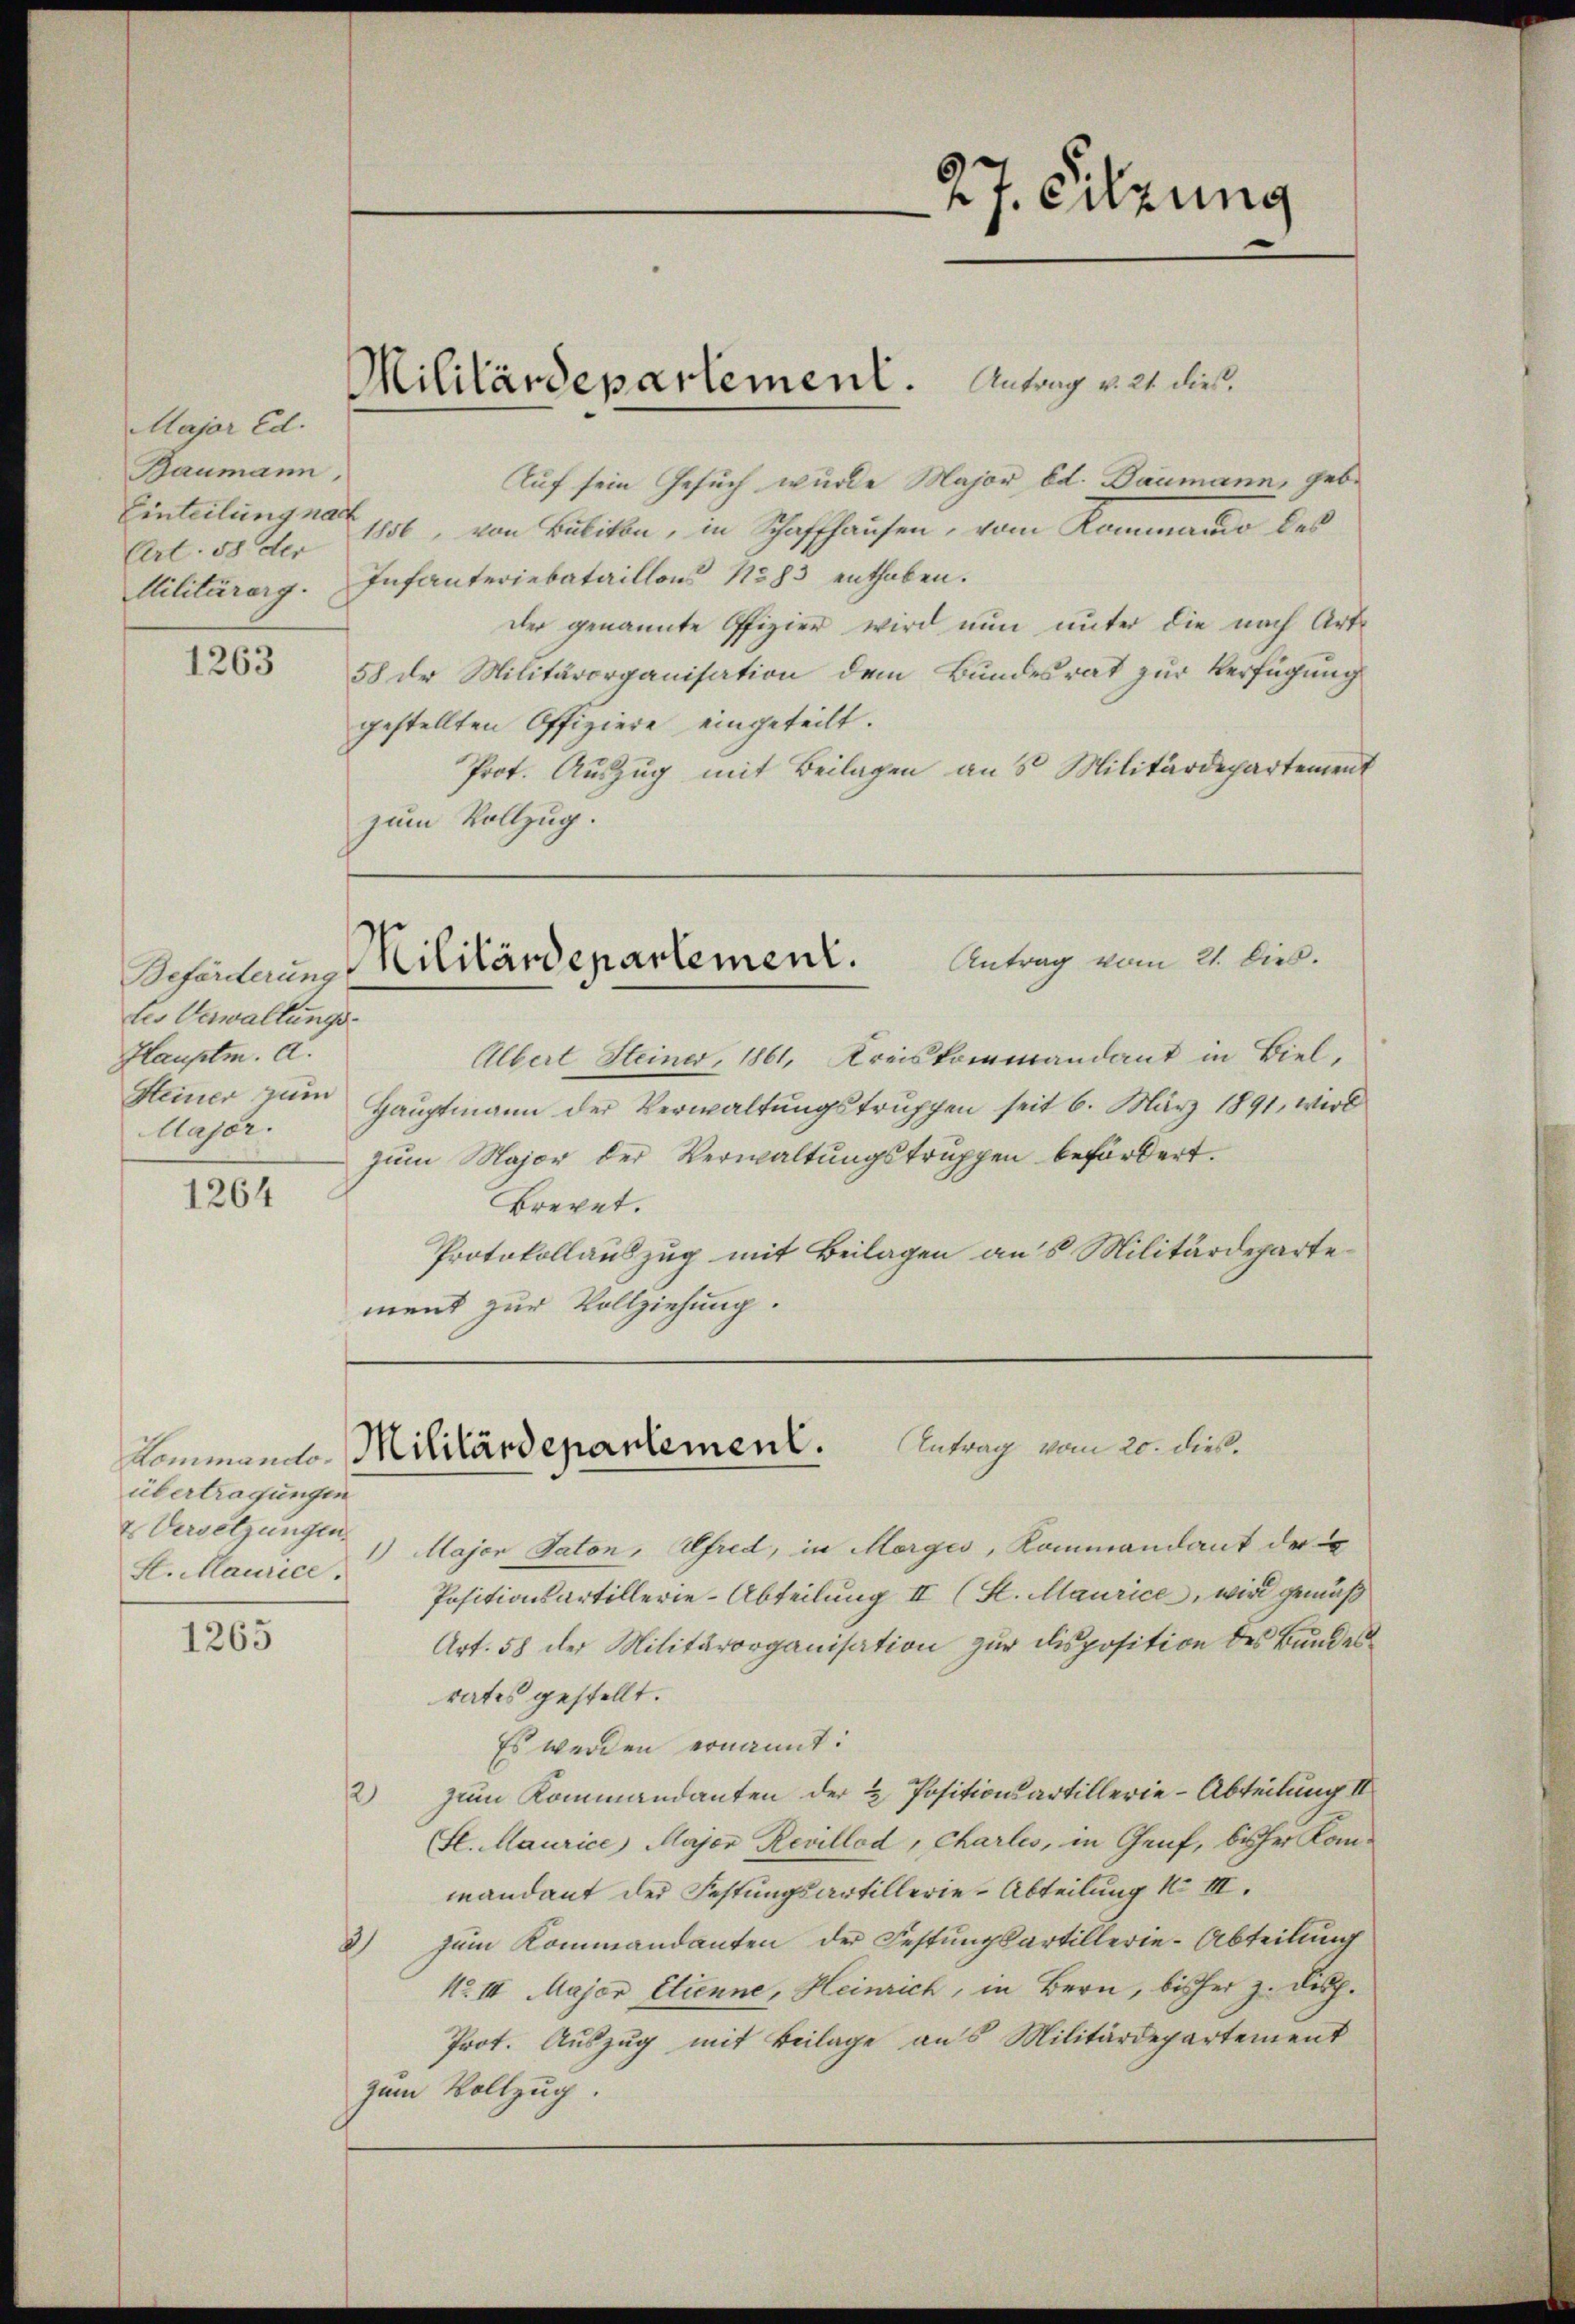
MMajar Ed.
Baumann,
Einteilung nach
Art. 58 der

1263

1264

1265

f

Beförderung
tes Verwaltungs¬
Hauptm. A.
Major.

übertragungen
t. Versetzungen.
H. Maurice.

Auf sein Gesuch wurde Major od. Baumann, geb.
1856, von Bubikon, in Schaffhausen, vom Kommando des
Militärarg. Infanteriebataillon 1883 enthaben.
der genannte Offizier wird nun unter die nach Art.
58 der Militärorganisation dem Bundesrat zur Verfügung
gestellten Offiziere eingeteilt.
Prot. Auszug mit Beilagen aus Militärdepartement
zum Vollzug.

Militärdepartement. Antrag v. 21. dies

Albert Steiner, 1861, Kreiskommandant in Biel,
Steiner zŭm Haŭptmann der Verwaltŭngstruppen seit 6. März 1891, wird
zŭm Major der Verwaltŭngstruppen befördert.
Brevet.
Protokollauszug mit Beilagen aus Militärdepartement zur Vollziehung.

Antrag vom 21. Dies.
Militärdepartement.

1) Major Taton, Ufred, in Morges, Kommandant der
Positionsartillerie-Abteilung II (St. Maurice, wird gemäß
Art. 58 der Militärorganisation zŭr disposition des Bundesrates gestellt.
Es werden ernannt:
2) zum Kommandanten der & Positionsartillerie-Abteilung III.
St. Maurice, Major Revillod, Charlis, in Genf, bisher Kom-
mandant der Festungsartillerie-Abteilung No III.
2) Zum Kommandanten der Festungsartillerie-Abteilung
No III Major Etienne, Heinrich, in Bern, bisher z. Disp.
Prot. Auszug mit Beilage aus Militärdepartement
zum Vollzug.

27. Sitzung

kommen Militärdepartement. Antrag vom 20. dieß.